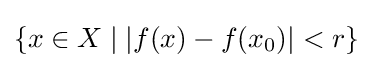
\{x\in X\mid |f(x)-f(x_{0})|<r\}